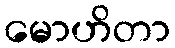
မောဟိတာ